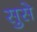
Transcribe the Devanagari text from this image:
सुसे